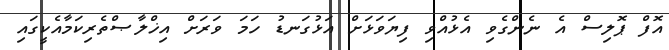
އޮފް ޕޮލިސް އެ ނެންގެވި އެޅުއްވި ފިޔަވަޅަށް އަޅުގަނޑު ހަމަ ވަރަށް އިޚްލާޞްތެރިކަމާއެކީގައި